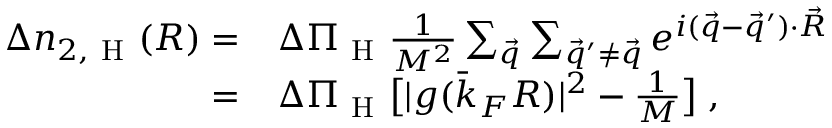
\begin{array} { r l } { \Delta n _ { 2 , \mathrm { ~ H ~ } } ( \boldsymbol { R } ) = } & { { } \Delta \Pi _ { \mathrm { ~ H ~ } } \frac { 1 } { M ^ { 2 } } \sum _ { \vec { q } } \sum _ { \vec { q } ^ { \prime } \neq \vec { q } } e ^ { i ( \vec { q } - \vec { q } ^ { \prime } ) \cdot \vec { R } } } \\ { = } & { { } \Delta \Pi _ { \mathrm { ~ H ~ } } \big [ | g ( \bar { k } _ { F } R ) | ^ { 2 } - \frac { 1 } { M } \big ] \; , } \end{array}